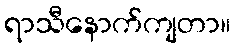
ရာသီနောက်ကျတာ။